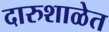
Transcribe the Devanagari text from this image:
दारुशाळेत